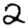
Digit: 2